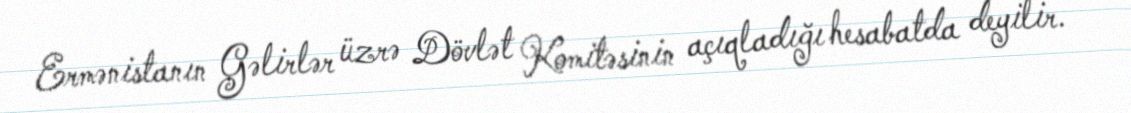
Ermənistanın Gəlirlər üzrə Dövlət Komitəsinin açıqladığı hesabatda deyilir.